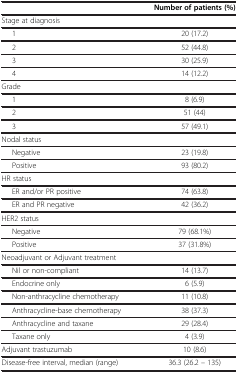
<table><thead><tr><td><b> </b></td><td><b>Number of patients (%)</b></td></tr></thead><tbody><tr><td>Stage at diagnosis</td><td> </td></tr><tr><td>1</td><td>20 (17.2)</td></tr><tr><td>2</td><td>52 (44.8)</td></tr><tr><td>3</td><td>30 (25.9)</td></tr><tr><td>4</td><td>14 (12.2)</td></tr><tr><td>Grade</td><td> </td></tr><tr><td>1</td><td>8 (6.9)</td></tr><tr><td>2</td><td>51 (44)</td></tr><tr><td>3</td><td>57 (49.1)</td></tr><tr><td>Nodal status</td><td> </td></tr><tr><td>Negative</td><td>23 (19.8)</td></tr><tr><td>Positive</td><td>93 (80.2)</td></tr><tr><td>HR status</td><td> </td></tr><tr><td>ER and/or PR positive</td><td>74 (63.8)</td></tr><tr><td>ER and PR negative</td><td>42 (36.2)</td></tr><tr><td>HER2 status</td><td> </td></tr><tr><td>Negative</td><td>79 (68.1%)</td></tr><tr><td>Positive</td><td>37 (31.8%)</td></tr><tr><td>Neoadjuvant or Adjuvant treatment</td><td> </td></tr><tr><td>Nil or non-compliant</td><td>14 (13.7)</td></tr><tr><td>Endocrine only</td><td>6 (5.9)</td></tr><tr><td>Non-anthracycline chemotherapy</td><td>11 (10.8)</td></tr><tr><td>Anthracycline-base chemotherapy</td><td>38 (37.3)</td></tr><tr><td>Anthracycline and taxane</td><td>29 (28.4)</td></tr><tr><td>Taxane only</td><td>4 (3.9)</td></tr><tr><td>Adjuvant trastuzumab</td><td>10 (8.6)</td></tr><tr><td>Disease-free interval, median (range)</td><td>36.3 (26.2 – 135)</td></tr></tbody></table>